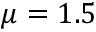
\mu = 1 . 5